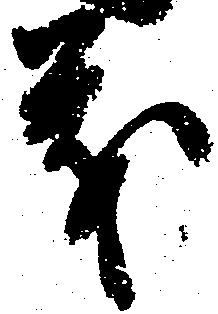
義